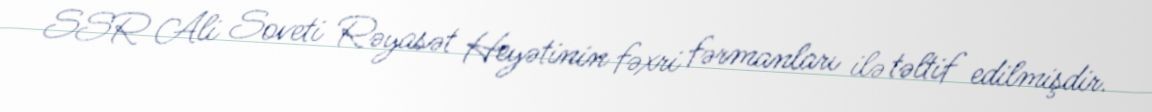
SSR Ali Soveti Rəyasət Heyətinin fəxri fərmanları ilə təltif edilmişdir.